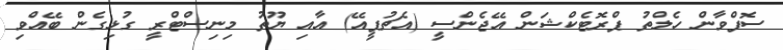
ސޮފްވާން ހެލްތު ޕްރޮޓެކްޝަން އޭޖެންސީ (އެޗުޕީއޭ) އާއި ޔޫތު މިނިސްޓްރީ ގުޅިގެން ބޭއްވި